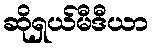
ဆိုရှယ်မီဒီယာ